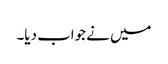
میں نے جواب دیا۔